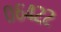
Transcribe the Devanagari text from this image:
०६४२२